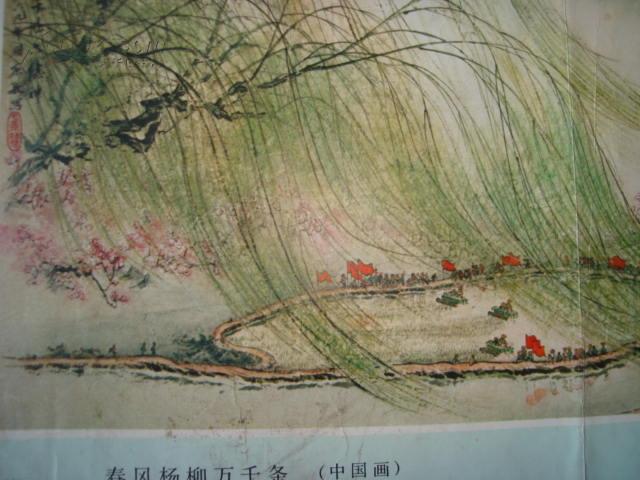
欲知怅别心易苦，向暮春风杨柳丝。